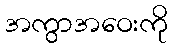
အကွာအဝေးကို